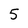
Character: 5